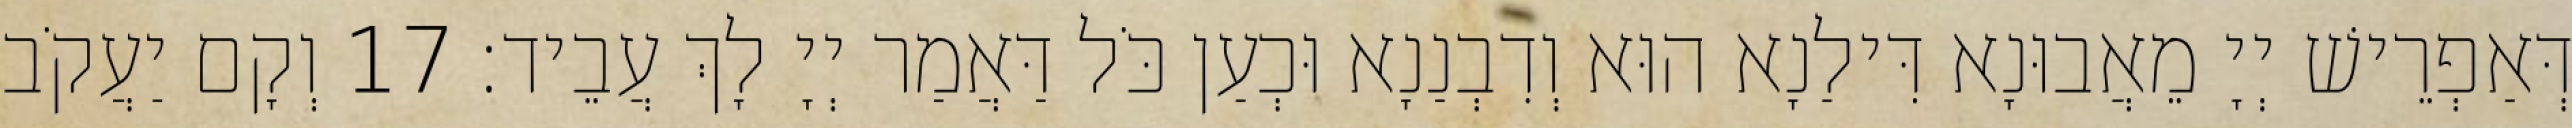
דְּאַפְרֵישׁ יְיָ מֵאֲבוּנָא דִּילַנָא הוּא וְדִבְנַנָא וּכְעַן כֹּל דַּאֲמַר יְיָ לָךְ עֲבֵיד׃ 17 וְקָם יַעֲקֹב